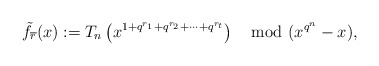
\begin{align*}\tilde{f}_{\overline{r}}(x):=T_n\left(x^{1+q^{r_1}+q^{r_2}+\cdots+q^{r_t}}\right) \mod (x^{q^n}-x),\end{align*}